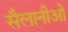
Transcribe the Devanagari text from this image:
सैलानीओं